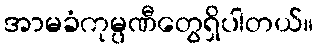
အာမခံကုမ္ပဏီတွေရှိပါတယ်။